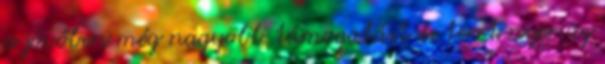
a jövőben még nagyobb támogatást és teret nyer az